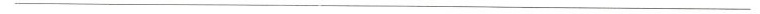
___